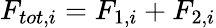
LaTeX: F_{tot,i}=F_{1,i}+F_{2,i}